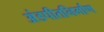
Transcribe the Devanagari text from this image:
अंडपीतनिर्माण